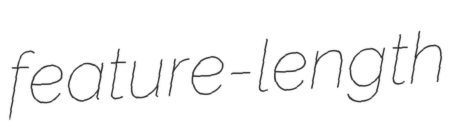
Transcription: feature-length